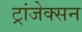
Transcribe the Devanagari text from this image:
ट्रांजेक्सन